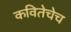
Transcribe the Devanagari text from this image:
कवितेचेच